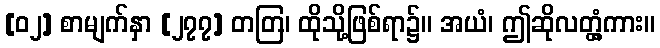
[၀၂] စာမျက်နှာ [၂၇၇] တတြ၊ ထိုသို့ဖြစ်ရာ၌။ အယံ၊ ဤဆိုလတ္တံ့ကား။